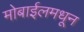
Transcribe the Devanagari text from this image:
मोबाईलमधून